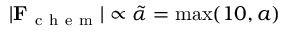
| \mathbf { F } _ { \mathrm { ~ c ~ h ~ e ~ m ~ } } | \propto \tilde { \alpha } = \operatorname* { m a x } ( 1 0 , a )